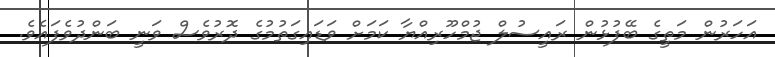
އަހަރުން މަތީގެ ބޭފުޅުން ރައީސުލް ޖުމްހޫރިއްޔާ ކަމަށް ވަޑައިގަތުމުގެ ދޮރުވެސް ވަނީ ބަންދުވެފައެވެ.